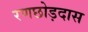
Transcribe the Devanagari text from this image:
रणछोड़दास